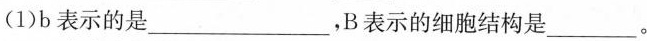
(1)b表示的是___，B表示的细胞结构是____。